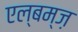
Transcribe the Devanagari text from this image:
एल्बम्ज़